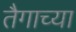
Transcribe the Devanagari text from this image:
तैगाच्या